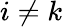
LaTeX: i\ne k